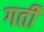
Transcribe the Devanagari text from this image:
गर्ती